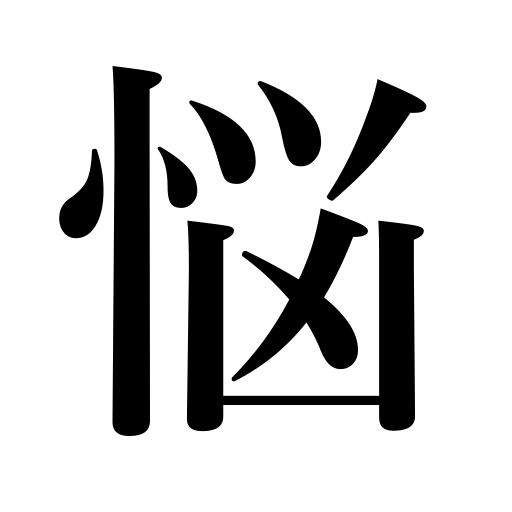
Meanings: embarrass,torment,worry,afflict,be troubled,oppress,be afflicted,annoy,distress,be in pain,illness